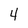
Character: 4